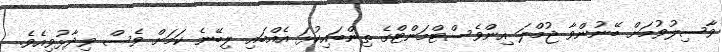
ވާސިލުވުމަށް ބޭނުންވާ ޖުމްލަ އިންވެސްޓްމަންޓްގެ ތިންބައިކުޅަ އެއްބައި ލިބޭނެ ކަމަށް ވެސް ވިދާޅުވިއެވެ.